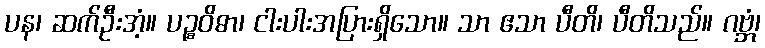
ပန၊ ဆက်ဦးအံ့။ ပဉ္စဝိဓာ၊ ငါးပါးအပြားရှိသော။ သာ ဧသာ ပီတိ၊ ပီတိသည်။ ဂဗ္ဘံ၊